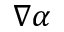
\nabla \alpha